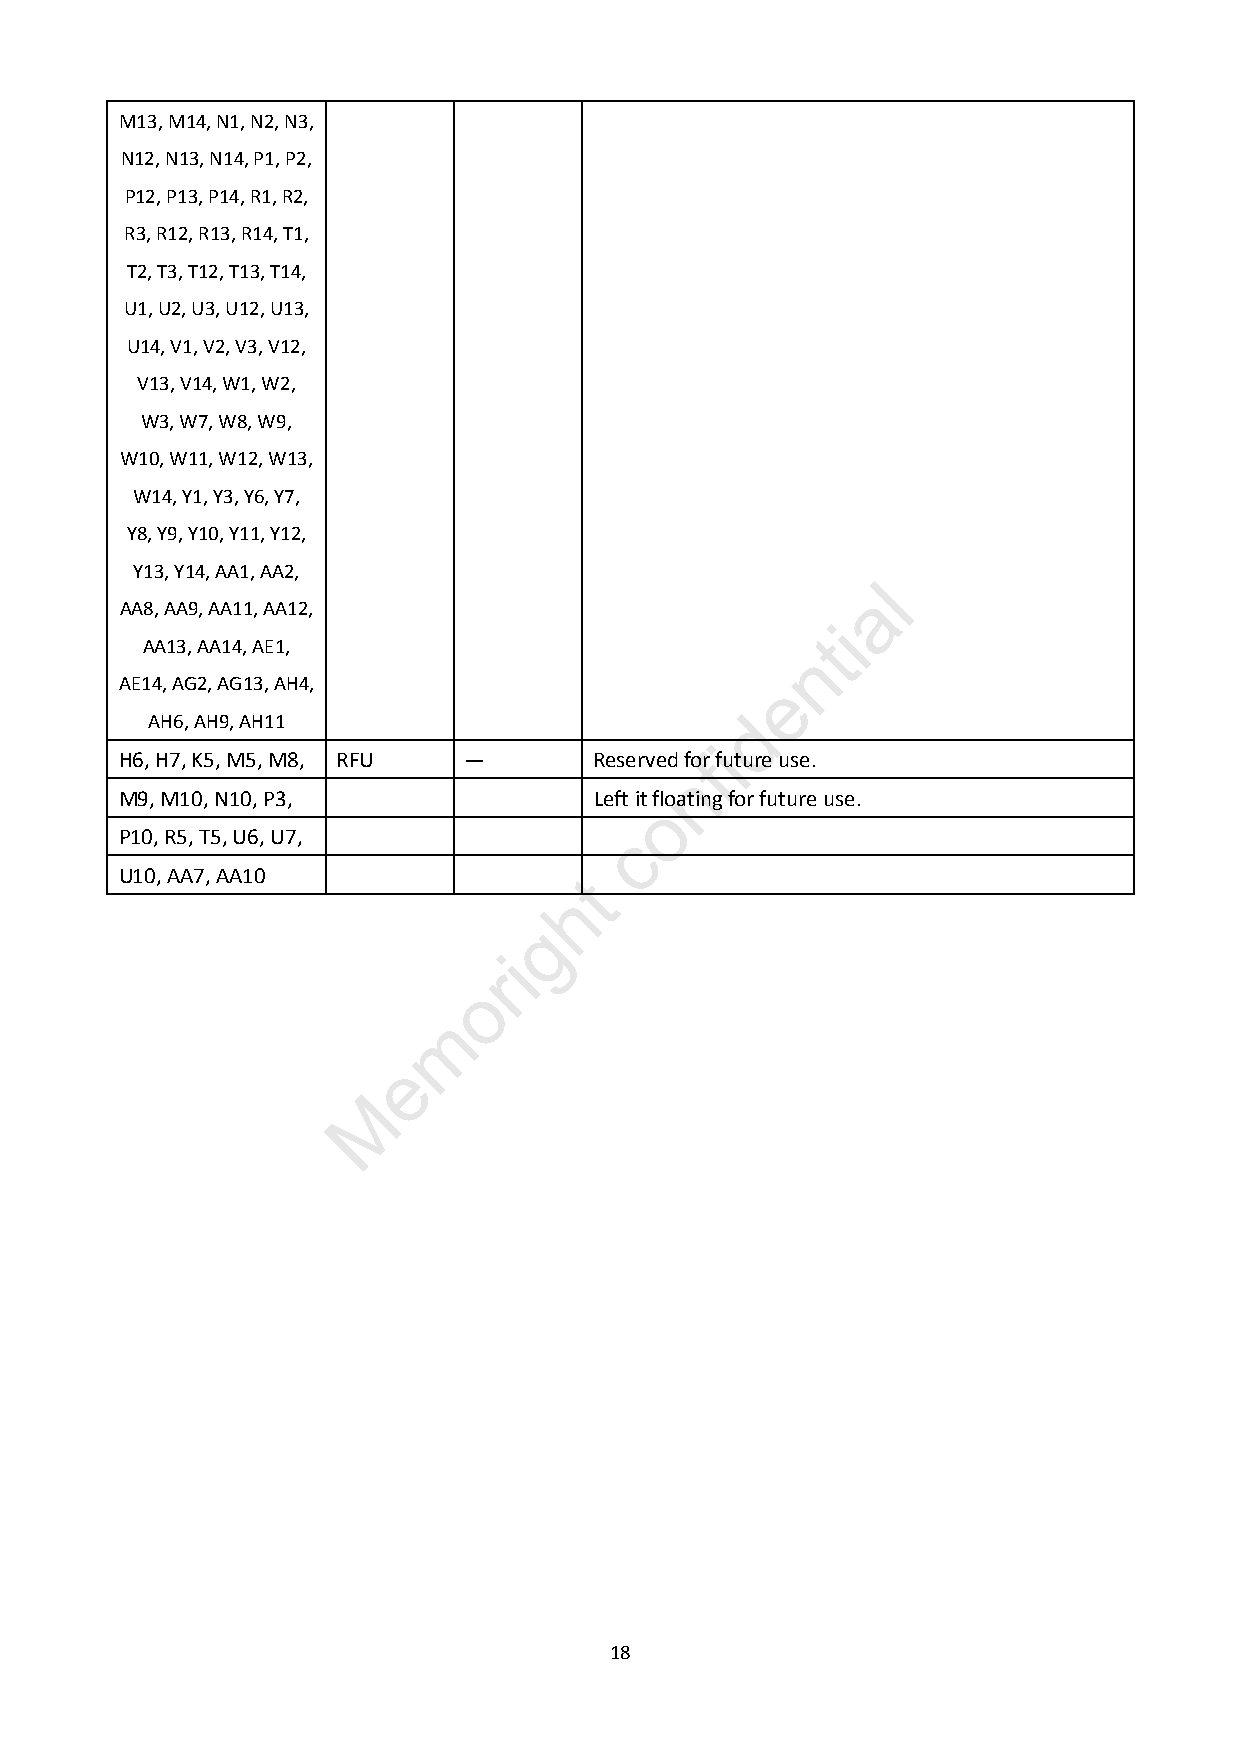
M13, M14, N1, N2, N3,
 N12, N13, N14, P1, P2,
 P12, P13, P14, R1, R2,
 R3, R12, R13, R14, T1,
 T2, T3, T12, T13, T14,
 U1, U2, U3, U12, U13,
 U14, V1, V2, V3, V12,
 V13, V14, W1, W2,
 W3, W7, W8, W9,
 W10, W11, W12, W13,
 W14, Y1, Y3, Y6, Y7,
 Y8, Y9, Y10, Y11, Y12,
 Y13, Y14, AA1, AA2,
 l
 a
 AA8, AA9, AA11, AA12,
 i
 t
 AA13, AA14, AE1,
 n
 AE14, AG2, AG13, AH4,                      e
 AH6, AH9, AH11                         d
 i
 H6, H7, K5, M5, M8, RFU —      Reserved fofr future use.
 n
 M9, M10, N10, P3,              Left it floating for future use.
 o
 P10, R5, T5, U6, U7,             c
 U10, AA7, AA10                t
 h
 g
 i
 r
 o
 m
 e
 M
 18